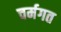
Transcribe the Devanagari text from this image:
चर्मगत